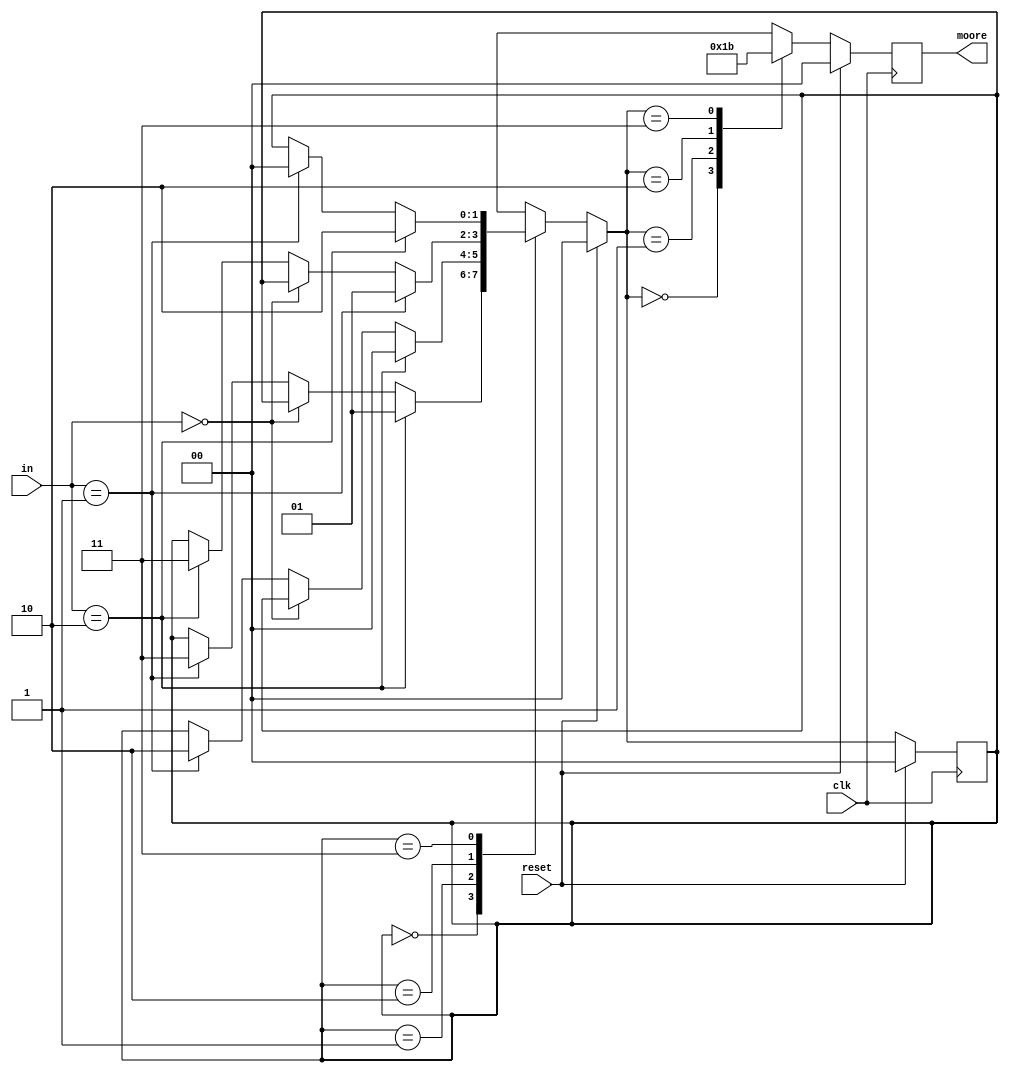
// This file was generated by				
// Qfsm Version 0.54					
// (C) Stefan Duffner, Rainer Strobel			

module my_moore1 (clk,reset,in,moore);
  input     clk, reset;
  input  [1:0]  in;
  output [1:0]  moore;
  
  reg[1:0]      moore=0;                              // No ha puesto valores a 0 de inicio
  reg[1:0]      state=0, nextstate=0;

  parameter E0 = 2'b00, E1 = 2'b01, E2 = 2'b10, E3 = 2'b11;

  always @ (posedge clk) begin
    if (reset)
      begin
        state <= E0;
        moore <= 2'b00;
      end                                            // He quitado un punto y coma que Qfsm ha puesto aqu
    else
      begin
        state <= nextstate;
        case (nextstate)
          E0:
            moore <= 2'b00;
          E1:
            moore <= 2'b01;
          E2:
            moore <= 2'b10;
          E3:
            moore <= 2'b11;
        endcase
      end
  end

  always @ (reset or in or state) begin
    if (reset)
      nextstate = E0;
    else begin
      nextstate = state;
      case (state)
        E0:
        begin
          if (in==2'b10)
          begin
            nextstate = E1;
          end
          else if (in==2'b00)
          begin
          end
          else if (in==2'b01)
          begin
            nextstate = E3;
          end
          else if (in==2'b11)
          begin
          end
        end
        E1:
        begin
          if (in==2'b10)
          begin
            nextstate = E0;
          end
          else if (in==2'b00)
          begin
          end
          else if (in==2'b01)
          begin
            nextstate = E2;
          end
          else if (in==2'b11)
          begin
          end
        end
        E2:
        begin
          if (in==2'b01)
          begin
            nextstate = E1;
          end
          else if (in==2'b00)
          begin
          end
          else if (in==2'b10)
          begin
            nextstate = E3;
          end
          else if (in==2'b11)
          begin
          end
        end
        E3:
        begin
          if (in==2'b10)
          begin
            nextstate = E2;
          end
          else if (in==2'b01)
          begin
            nextstate = E0;
          end
          else if (in==2'b00)
          begin
          end
          else if (in==2'b11)
          begin
          end
        end
      endcase
    end
  end

endmodule